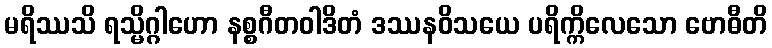
မရိဿသိ ရသ္မိဂ္ဂါဟော နစ္စဂီတဝါဒိတံ ဒဿနဝိသယေ ပရိက္ကိလေသော ဗောဓီတိ